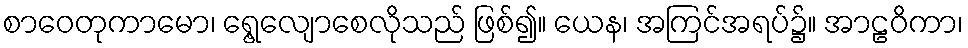
စာဝေတုကာမော၊ ရွေ့လျောစေလိုသည် ဖြစ်၍။ ယေန၊ အကြင်အရပ်၌။ အာဠဝိကာ၊